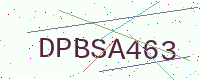
Text: DPBSA463